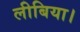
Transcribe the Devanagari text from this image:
लीबिया।